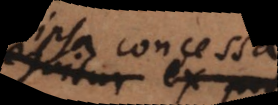
concessa